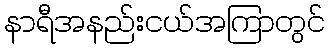
နာရီအနည်းငယ်အကြာတွင်